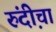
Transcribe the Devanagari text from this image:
रुंदी़चा